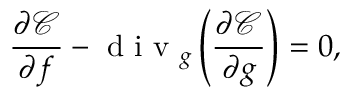
\frac { \partial \mathcal { C } } { \partial f } - \textrm { d i v } _ { \boldsymbol { g } } \left( \frac { \partial \mathcal { C } } { \partial \boldsymbol { g } } \right) = 0 ,